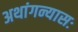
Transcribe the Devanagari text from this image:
अथांगन्यासः